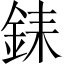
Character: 銇